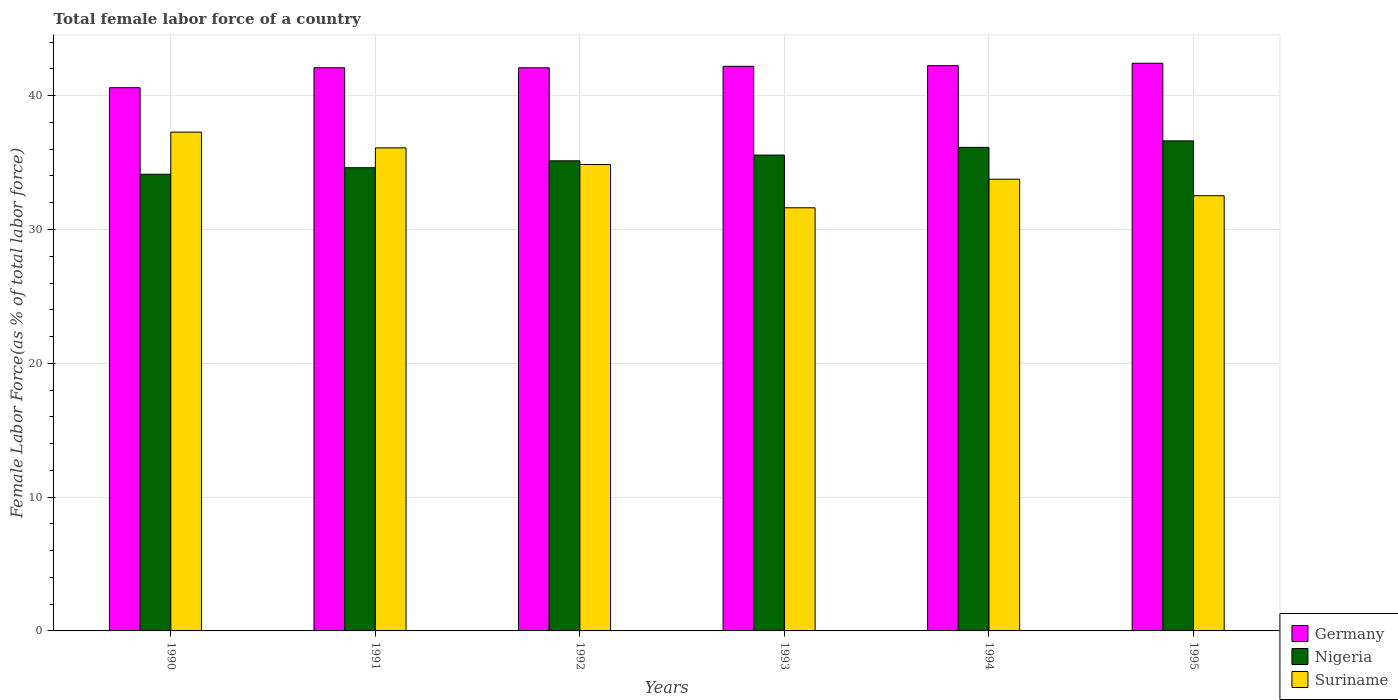
| Years | Germany | Nigeria | Suriname |
 | --- | --- | --- | --- |
 | 1990 | 40.6 | 34.1 | 37.3 |
 | 1991 | 42.1 | 34.6 | 36.1 |
 | 1992 | 42.1 | 35.1 | 34.9 |
 | 1993 | 42.2 | 35.6 | 31.6 |
 | 1994 | 42.2 | 36.1 | 33.8 |
 | 1995 | 42.4 | 36.6 | 32.5 |